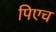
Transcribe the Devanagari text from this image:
पिएच